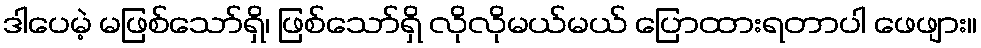
ဒါပေမဲ့ မဖြစ်သော်ရှိ၊ ဖြစ်သော်ရှိ လိုလိုမယ်မယ် ပြောထားရတာပါ ဖေဖျား။